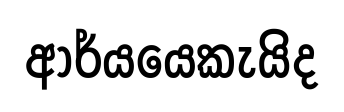
ආර්යයෙකැයිද